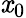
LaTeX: \mathit{x}_{0}